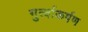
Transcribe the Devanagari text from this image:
गुर्त्वाकर्षण